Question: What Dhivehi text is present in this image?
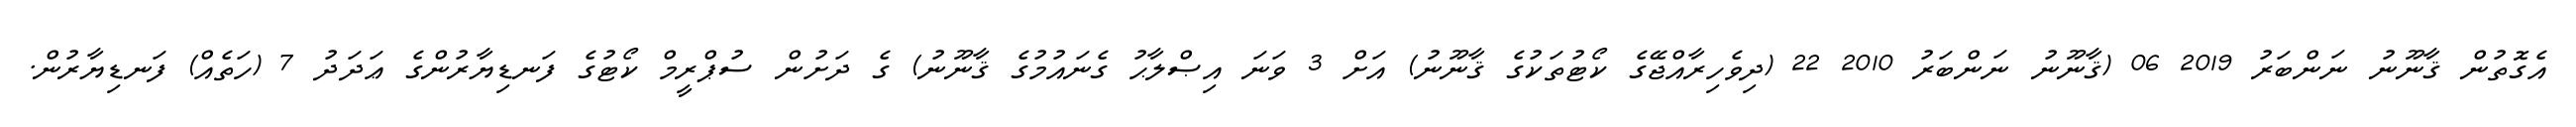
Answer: އެގޮތުން ޤާނޫނު ނަންބަރު 2019 06 (ޤާނޫނު ނަންބަރު 2010 22 (ދިވެހިރާއްޖޭގެ ކޯޓުތަކުގެ ޤާނޫނު) އަށް 3 ވަނަ އިޞްލާޙު ގެނައުމުގެ ޤާނޫނު) ގެ ދަށުން ސުޕްރީމް ކޯޓުގެ ފަނޑިޔާރުންގެ ޢަދަދު 7 (ހަތެއް) ފަނޑިޔާރުން.